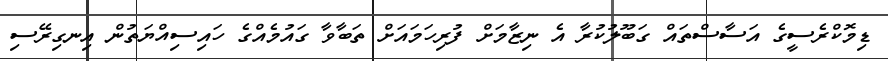
ޑިމޮކްރެސީގެ އަސާސްތައް ގަބޫލުުކުރާ އެ ނިޒާމަށް ފުރިހަމައަށް ތަބާވާ ގައުމެއްގެ ހައިސިއްޔަތުން އިނގިރޭސި